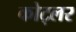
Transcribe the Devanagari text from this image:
कोट्लर